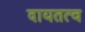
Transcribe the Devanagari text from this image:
दायतत्व